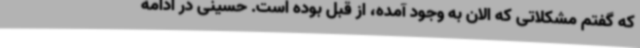
که گفتم مشکلاتی که الان به وجود آمده، از قبل بوده است. حسینی در ادامه